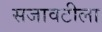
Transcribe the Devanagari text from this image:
सजावटीला